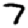
Digit: 7